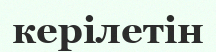
керілетін